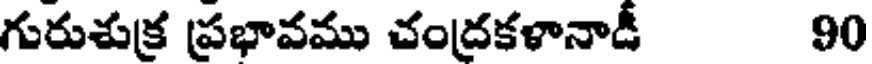
గురుశుక్ర ప్రభావము చంద్రకళానాడీ 90